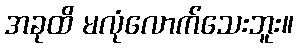
အခုထိ မလုံလောက်သေးဘူး။